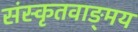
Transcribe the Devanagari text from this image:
संस्कृतवाङ्‌मय